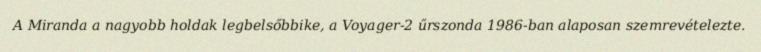
A Miranda a nagyobb holdak legbelsőbbike, a Voyager-2 űrszonda 1986-ban alaposan szemrevételezte.